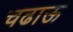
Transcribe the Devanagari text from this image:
चढाऊ